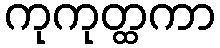
ကုကုတ္ထကာ